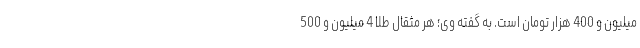
میلیون و 400 هزار تومان است. به گفته وی؛ هر مثقال طلا 4 میلیون و 500